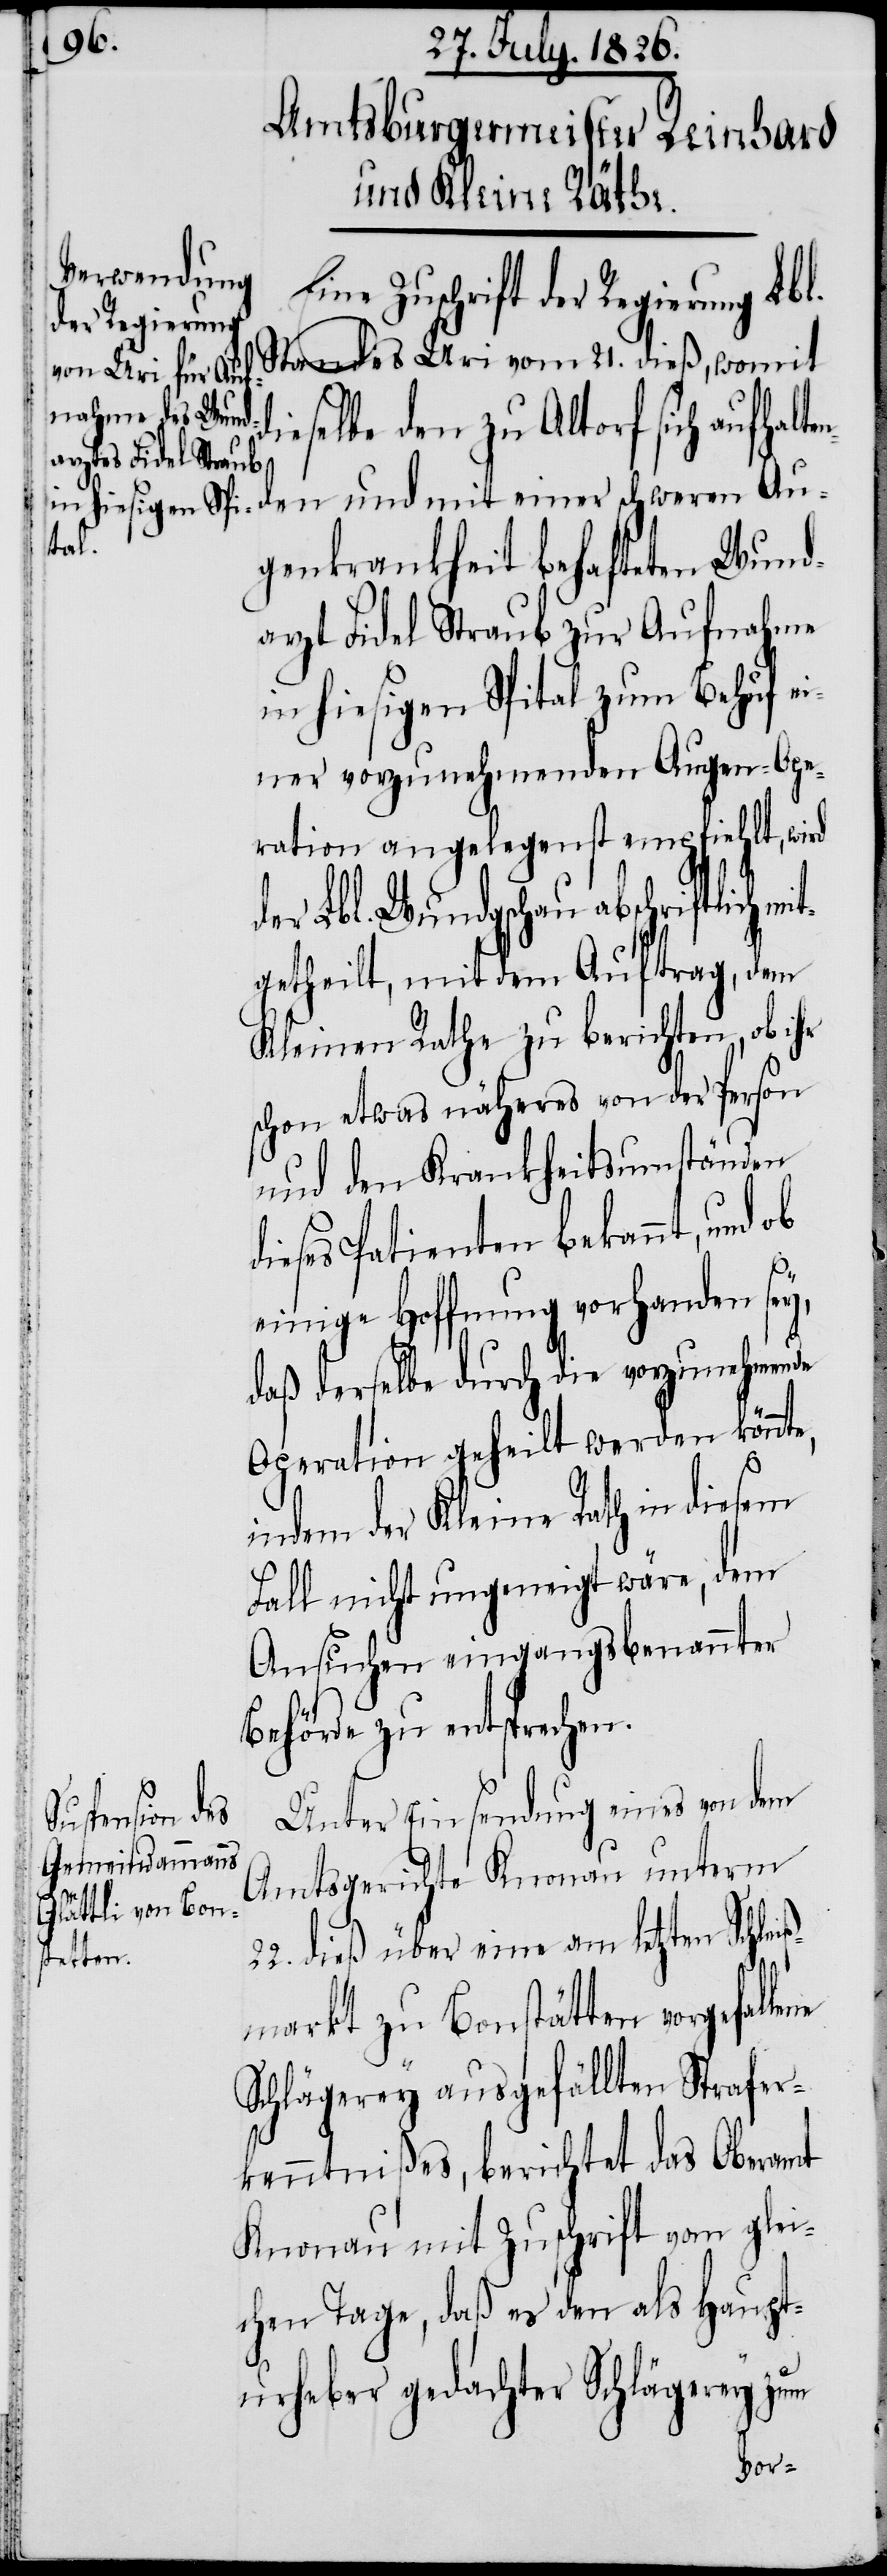
Eine Zuschrift der Regierung Lb¬
Standes Uri vom 21. dieß, womit
enden und mit einer schweren
genkrankheit behafteten Wund¬
arzt Fidel Straub zur Aufnahme
in hiesigen Spital zum Behuf ei¬
ner vorzunehmenden Augen-Ope¬
ration angelegenst empfiehlt, wird
er Lbl. Wundschau abschriftlich
getheilt, mit dem Auftrag, dem
Kleinen Rathe zu berichten, ob ihr
schon etwas näheres von der Person
und den Krankheitsumständen
dieses Patienten bekannt, und
einige Hoffnung vorhanden sey,
daß derselbe durch die vorzunehmende
Operation geheilt werden könnte,
indem der Kleine Rath in diesem
Fall nicht ungeneigt wäre, dem
Ansuchen eingangsbenannter
Behörde zu entsprechen.
Unter Einsendung eines von dem
Amtsgerichte Knonau unterm
22. dieß über eine am letzten Schlei¬
ß¬
markt zu Bonstätten vorgefallene
Schlägerey ausgefällten Strafer¬
kenntnißes, berichtet das Oberamt
Knonau mit Zuschrift vom glei¬
chen Tage, daß es den als Haupt¬
urheber gedachter Schlägerey zum